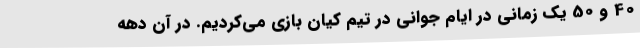
40 و 50 یک زمانی در ایام جوانی در تیم کیان بازی می‌کردیم. در آن دهه